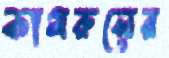
কামরুলের